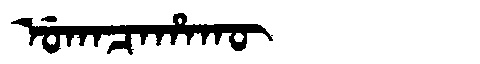
Manchu: ᡠᡴᠠᠴᠠᡥᠠᡴᡡ
Romanization: UKACAHAKŪ